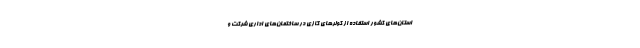
استان‌های کشور استفاده از کولرهای گازی در ساختمان‌های اداری شرکت و